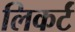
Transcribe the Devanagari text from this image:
लिकर्टं